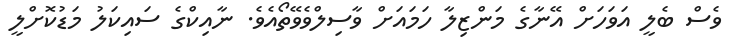
ވެސް ބެލީ އަވަހަށް އޭނާގެ މަންޒިލާ ހަމައަށް ވާސިލްވެވޭތޯއެވެ. ނާއިކްގެ ސައިކަލު މަޑުކޮށްލީ